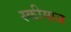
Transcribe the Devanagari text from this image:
स्कीमाज